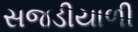
સજડીયાળી